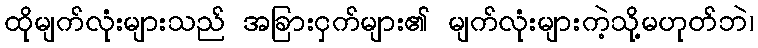
ထိုမျက်လုံးများသည် အခြားငှက်များ၏ မျက်လုံးများကဲ့သို့မဟုတ်ဘဲ၊